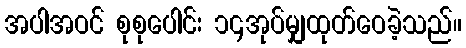
အပါအဝင် စုစုပေါင်း ၁၄အုပ်မျှထုတ်ဝေခဲ့သည်။